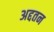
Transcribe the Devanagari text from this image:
अद्दतन